Report of the Indian Hemp Drugs Commission, 1894-1895 - Volume VIII
Year: 1894
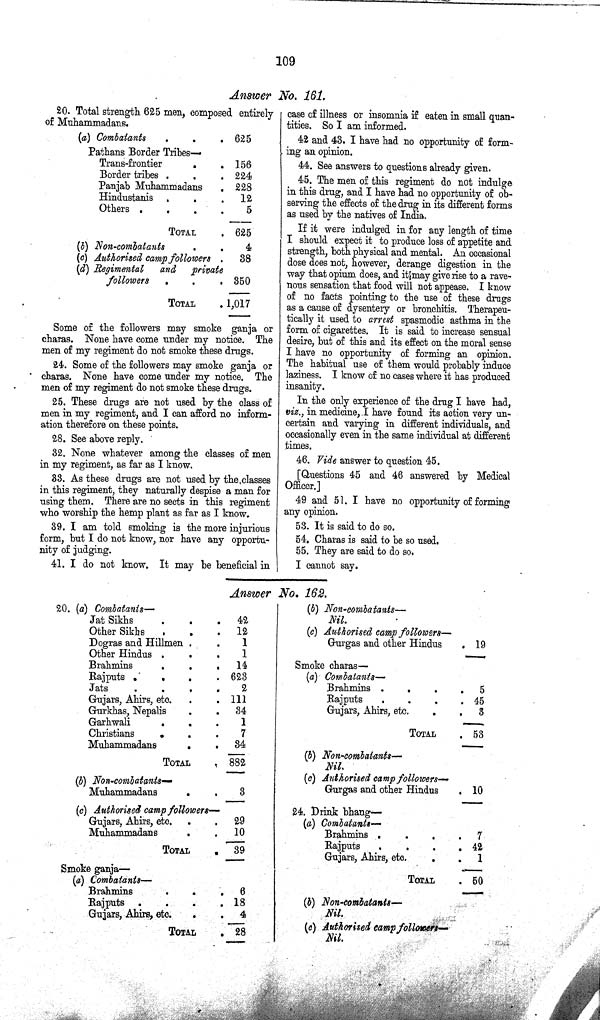
109
Answer No. 161.
20. Total strength 625 men, composed entirely
of Muhammadans.
(a) Combatants
625
Pathans Border Tribes—
Trans-frontier
156
Border tribes
224
Panjab Muhammadans
228
Hindustanis
12
Others
5
TOTAL
625
(b) Non-combatants
4
(c) Authorised camp followers
38
(d) Regimental
and
private
followers
350
TOTAL
1,017
Some of the followers may smoke ganja or
charas. None have come under my notice. The
men of my regiment do not smoke these drugs.
24. Some of the followers may smoke ganja or
charas. None have come under my notice. The
men of my regiment do not smoke these drugs.
25. These drugs are not used by the class of
men in my regiment, and I can afford no inform¬
ation therefore on these points.
28. See above reply.
32. None whatever among the classes of men
in my regiment, as far as I know.
33. As these drugs are not used by the classes
in this regiment, they naturally despise a man for
using them. There are no sects in this regiment
who worship the hemp plant as far as I know.
39. I am told smoking is the more injurious
form, but I do not know, nor have any opportu¬
nity of judging.
41. I do not know. It may be beneficial in
case of illness or insomnia if eaten in small quan¬
tities. So I am informed.
42 and 43. I have had no opportunity of form¬
ing an opinion.
44. See answers to questions already given.
45. The men of this regiment do not indulge
in this drug, and I have had no opportunity of ob¬
serving the effects of the drug in its different forms
as used by the natives of India.
If it were indulged in for any length of time
I should expect it to produce loss of appetite and
strength, both physical and mental. An occasional
dose does not, however, derange digestion in the
way that opium does, and it may give rise to a rave¬
nous sensation that food will not appease. I know
of no facts pointing to the use of these drugs
as a cause of dysentery or bronchitis. Therapeu-
tically it used to arrest spasmodic asthma in the
form of cigarettes. It is said to increase sensual
desire, but of this and its effect on the moral sense
I have no opportunity of forming an opinion.
The habitual use of them would probably induce
laziness. I know of no cases where it has produced
insanity.
In the only experience of the drug I have had,
viz., in medicine, I have found its action very un¬
certain and varying in different individuals, and
occasionally even in the same individual at different
times.
46. Vide answer to question 45.
[Questions 45 and 46 answered by Medical
Officer.]
49 and 51. I have no opportunity of forming
any opinion.
53. It is said to do so.
54. Charas is said to be so used.
55. They are said to do so.
I cannot say.
Answer No. 162.
20. (a) Combatants—
Jat Sikhs
42
Other Sikhs
12
Dogras and Hillmen
1
Other Hindus
1
Brahmins
14
Rajputs
623
Jats
2
Gujars, Ahirs, etc.
111
Gurkhas, Nepalis
34
Garhwali
1
Christians
7
Muhammadans
34
TOTAL
882
(b) Non-combatants—
Muhammadans
3
(c) Authorised camp followers—
Gujars, Ahirs, etc.
29
Muhammadans
10
TOTAL
39
Smoke ganja—
(a) Combatants—
Brahmins
6
Rajputs
18
Gujars, Ahirs, etc.
4
TOTAL
28
(b) Non-combatants—
Nil.
(c) Authorised camp followers—
Gurgas and other Hindus
19
Smoke charas—
(a) Combatants—
Brahmins
5
Rajputs
45
Gujars, Ahirs, etc.
3
TOTAL
53
(b) Non-combatants—
Nil.
(c) Authorised camp followers—
Gurgas and other Hindus
10
24. Drink bhang—
(a) Combatants—
Brahmins
7
Rajputs
42
Gujars, Ahirs, etc.
1
TOTAL
50
(b) Non-combatants—
Nil.
(c) Authorised camp followers—
Nil.